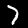
Label: 7